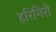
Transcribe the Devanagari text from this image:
हरिगिरी